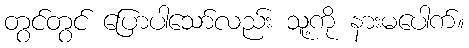
တွင်တွင် ပြောပါသော်လည်း သူ့ကို နားမပေါက်။